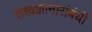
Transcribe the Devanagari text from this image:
तत्त्वज्ञानासंबंधी